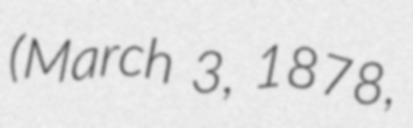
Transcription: (March 3, 1878,